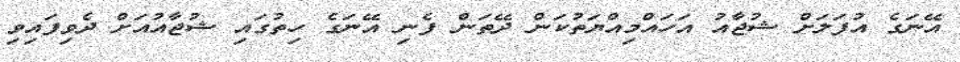
އޭނަގެ އުފަލަށް ޝުޖާއު އަހައްމިއްޔަތުކަން ދޭތަން ފެނި އޭނަގެ ހިތުގައި ޝުޖާއުއަށް ދެވިފައިވި